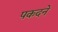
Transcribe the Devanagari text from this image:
पकदने